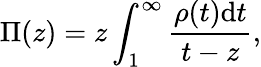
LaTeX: \Pi(z)=z\int_{1}^{\infty}\frac{\rho(t)\mathrm{d}t}{t-z},